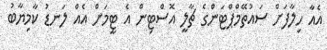
އެއާ ހިލާފަށް ސައުތޭމްޕްޓަންގެ ޗާލީ އޮސްޓިން އެ ޓީމަށް އެއް ލަނޑު ކާމިޔާބު